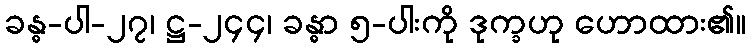
ခန္ဓ-ပါ-၂၇၊ ဋ္ဌ-၂၄၄၊ ခန္ဓာ ၅-ပါးကို ဒုက္ခဟု ဟောထား၏။